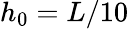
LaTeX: h_{0}=L/10